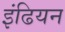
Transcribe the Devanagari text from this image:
इंढियन